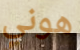
هوني